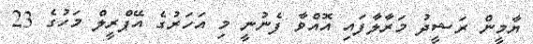
ޔާމީން ރަޝީދު މަރާލާފައި އޮއްވާ ފެނުނީ މި އަހަރުގެ އޭޕްރީލް މަހުގެ 23